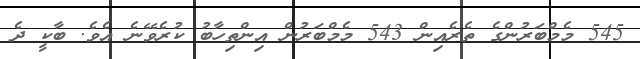
545 މެމްބަރުންގެ ތެރެއިން 543 މެމްބަރުން އިންތިހާބު ކުރެވޭނެ އެވެ. ބާކީ ދެ